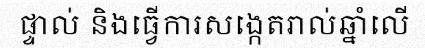
ផ្ទាល់ និងធ្វើការសង្កេតរាល់ឆ្នាំលើ